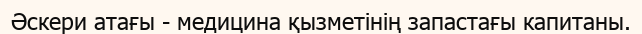
Әскери атағы - медицина қызметінің запастағы капитаны.